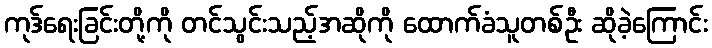
ကုဒ်ရေးခြင်းတို့ကို တင်သွင်းသည့်အဆိုကို ထောက်ခံသူတစ်ဦး ဆိုခဲ့ကြောင်း